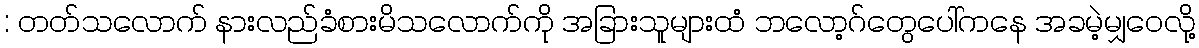
: တတ်သလောက် နားလည်ခံစားမိသလောက်ကို အခြားသူများထံ ဘလော့ဂ်တွေပေါ်ကနေ အခမဲ့မျှဝေလို့